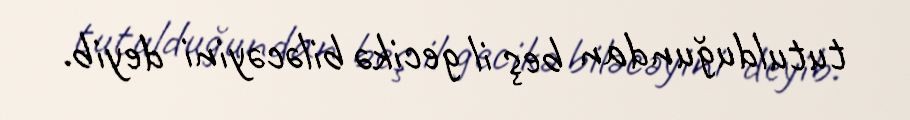
tutulduğundan beş il gecikə biləcəyini deyib.